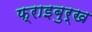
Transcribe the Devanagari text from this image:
फ्राइबुर्ख